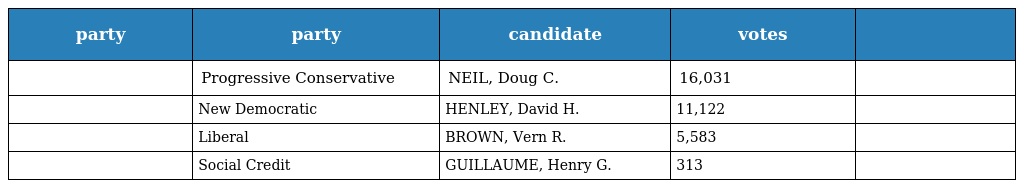
| party | party | candidate | votes |  |
 | --- | --- | --- | --- | --- |
 |  | Progressive Conservative | NEIL, Doug C. | 16,031 |  |
 |  | New Democratic | HENLEY, David H. | 11,122 |  |
 |  | Liberal | BROWN, Vern R. | 5,583 |  |
 |  | Social Credit | GUILLAUME, Henry G. | 313 |  |